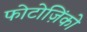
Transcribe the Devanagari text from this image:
फोटोज़िंको